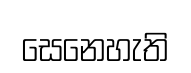
සෙනෙහැති